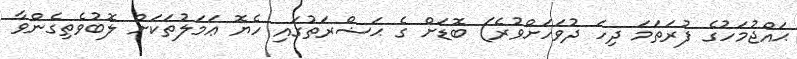
ޙައްޖުމަހުގެ ފުރަތަމަ ދިހަ ދުވަހަށްވުރެ) ބޮޑަށް ގެ ޙަޟްރަތުގައި ހެޔޮ ޢަމަލުތަކަށް ލޮބުވެތިގެންވާ